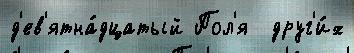
д'ев'ятна́дцатый Пол'я  друг'и́х